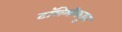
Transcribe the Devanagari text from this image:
टॉलेमीकडून